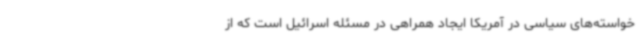
خواسته‌های سیاسی در آمریکا ایجاد همراهی در مسئله اسرائیل است که از